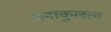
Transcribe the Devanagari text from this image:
अनाकुलत्व